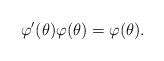
LaTeX: \begin{align*}\varphi'(\theta)\varphi(\theta)=\varphi(\theta).\end{align*}